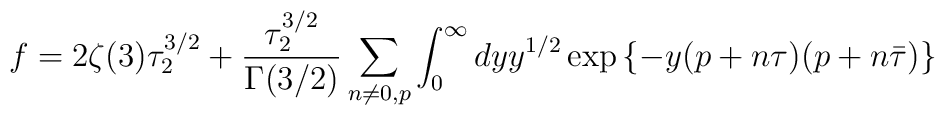
f=2\zeta(3)\tau_2^{3/2} +{\tau_2^{3/2}\over \Gamma(3/2)}\sum_{n\neq 0,p }\int_0^{\infty}dyy^{1/2}\exp\left\{-y(p+n\tau)(p+n\bar{\tau})\right\}